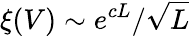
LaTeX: \xi(V)\sim e^{cL}/\sqrt{L}